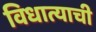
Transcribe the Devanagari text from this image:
विधात्याची